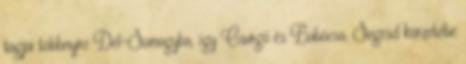
tagjai többnyire Dél-Somogyba, így Csurgó és Babócsa, Segesd körzetébe